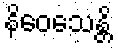
နိဝေသေန္တိ